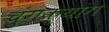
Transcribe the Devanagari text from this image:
चुंगक्यांग